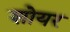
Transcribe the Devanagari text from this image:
शोयर